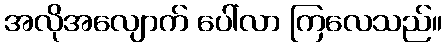
အလိုအလျောက် ပေါ်လာ ကြလေသည်။